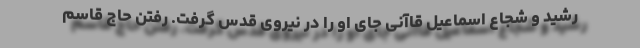
رشید و شجاع اسماعیل قاآنی جای او را در نیروی قدس گرفت. رفتن حاج قاسم